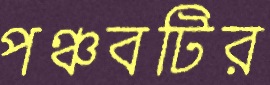
পঞ্চবটির